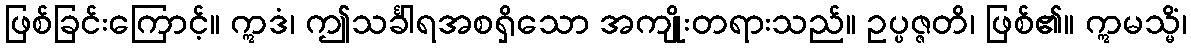
ဖြစ်ခြင်းကြောင့်။ ဣဒံ၊ ဤသင်္ခါရအစရှိသော အကျိုးတရားသည်။ ဥပ္ပဇ္ဇတိ၊ ဖြစ်၏။ ဣမသ္မိံ၊